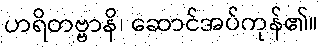
ဟရိတဗ္ဗာနိ၊ ဆောင်အပ်ကုန်၏။